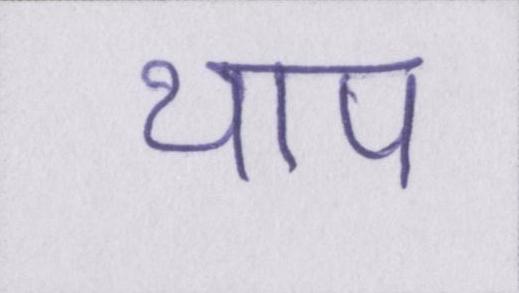
थाप